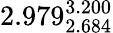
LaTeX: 2.979_{2.684}^{3.200}